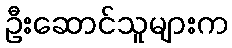
ဦးဆောင်သူများက